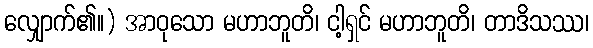
လျှောက်၏။) အာဝုသော မဟာဘူတိ၊ ငါ့ရှင် မဟာဘူတိ၊ တာဒိသဿ၊